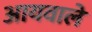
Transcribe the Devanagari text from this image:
आयवाले